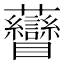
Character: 𧆏